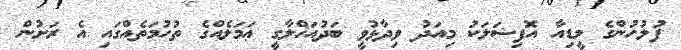
ފުލުހުންގެ މީޑިއާ އޮފިޝަލަކު މިއަދު ވިދާޅުވީ ބަދުއަޚްލާގީ ޢަމަލެއްގެ ތުހުމަތެއްގައި އެ ރަށުން